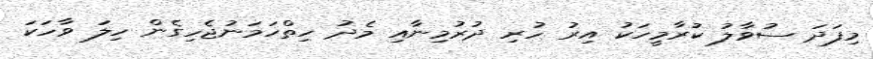
މިފަދަ ސުވާލު ކުރާމީހަކު އިރު ހުރި ދުރުމިނާއި މެދު ހިތްހަމަނުޖެހިގެން ހިލަ ވާހަކަ